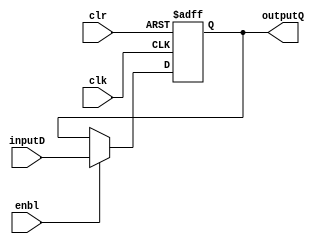
module register (clr,clk,inputD,enbl,outputQ); //declaring inputs and outputs for register
	
	input		enbl;
	input		clr;
	input		clk;
	input	[31:0]inputD;
	output reg [31:0]outputQ;
	
	always @(posedge clk or posedge clr)
	begin
	
		if(clr)
			outputQ<=0;
			
		else if (enbl)
			outputQ<=inputD;

	end
		
endmodule